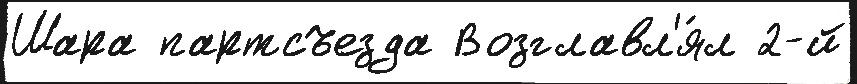
Шара партсъезда Возглавл'я́л 2-й